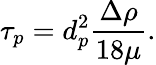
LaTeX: \tau_{p}=d_{p}^{2}\frac{\Delta\rho}{18\mu}.